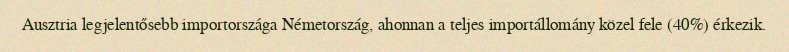
Ausztria legjelentősebb importországa Németország, ahonnan a teljes importállomány közel fele (40%) érkezik.